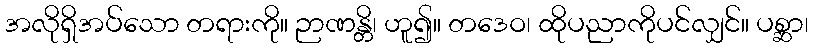
အလိုရှိအပ်သော တရားကို။ ဉာဏန္တိ၊ ဟူ၍။ တဒေဝ၊ ထိုပညာကိုပင်လျှင်။ ပစ္ဆာ၊